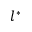
l ^ { * }